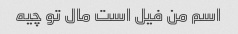
اسم من فیل است مال تو چیه